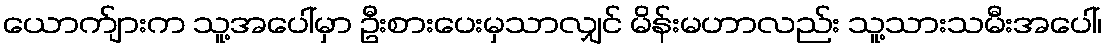
ယောက်ျားက သူ့အပေါ်မှာ ဦးစားပေးမှသာလျှင် မိန်းမဟာလည်း သူ့သားသမီးအပေါ်၊